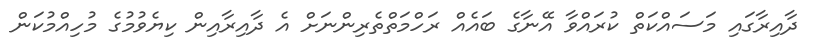
ދާއިރާގައި މަސައްކަތް ކުރައްވާ އޭނާގެ ބައެއް ރަހްމަތްތެރިންނަށް އެ ދާއިރާއިން ކިޔެވުމުގެ މުހިއްމުކަން